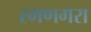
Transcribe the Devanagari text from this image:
रमणगरा